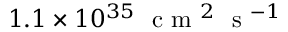
1 . 1 \times 1 0 ^ { 3 5 } \ \textrm { c m } ^ { 2 } \ \textrm { s } ^ { - 1 }